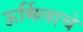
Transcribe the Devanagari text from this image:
ऊर्मिलाचे